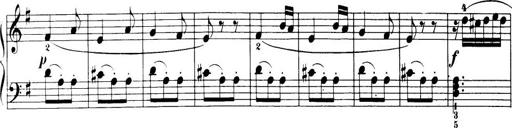
Title: 32 Sonatinas and Rondos for the Piano
Composer: Richard Kleinmichel